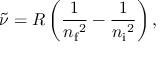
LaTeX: { \tilde { \nu } } = R \left( { \frac { 1 } { { n _ { \mathrm { f } } } ^ { 2 } } } - { \frac { 1 } { { n _ { \mathrm { i } } } ^ { 2 } } } \right) ,